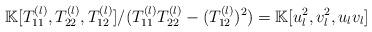
LaTeX: \begin{align*}\mathbb K[T_{11}^{(l)},T_{22}^{(l)},T_{12}^{(l)}]/(T_{11}^{(l)}T_{22}^{(l)}-(T_{12}^{(l)})^2)=\mathbb K[u_l^2,v_l^2,u_lv_l]\end{align*}